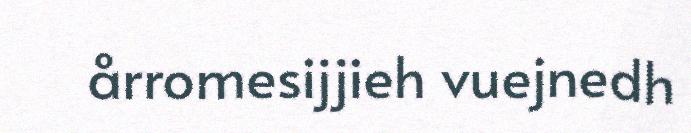
årromesijjieh vuejnedh